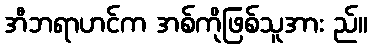
အီဘရာဟင်က အစ်ကိုဖြစ်သူအား ည်။